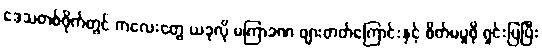
ဒေသတစ်ဝိုက်တွင် ကလေးတွေ ယခုလို မကြာခဏ ဖျားတတ်ကြောင်းနှင့် စိတ်မပူဖို ရှင်းပြပြီး